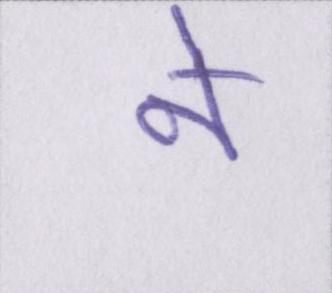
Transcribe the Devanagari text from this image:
ने